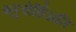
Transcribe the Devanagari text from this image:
ब्लुचेर्छिअति